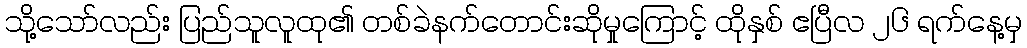
သို့သော်လည်း ပြည်သူလူထု၏ တစ်ခဲနက်တောင်းဆိုမှုကြောင့် ထိုနှစ် ဧပြီလ ၂၆ ရက်နေ့မှ